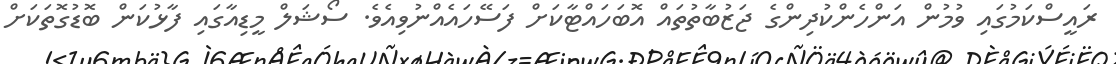
ރައީސްކަމުގައި ވުމުން އަންހެންކުދިންގެ ޖަޒުބާތުތައް އޮބަހައްޓާކަށް ފަސޭހައެއްނުވިއެވެ. ސޯޝަލް މީޑިއާގައި ފާޅުކަން ބޮޑުގޮތަކަށް